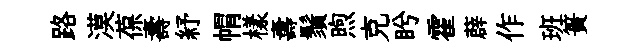
路漠葆壽紓㡌樣夀鬚煦克盻霍薜作班簣